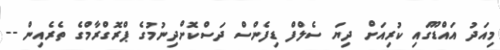
މިއަދު އައްޑޫގައި ކުރިއަށް ދިޔަ ސެލްފް ޑިފެންސް ދަސްކޮށްދިނުމުގެ ޕްރޮގްރާމްގެ ތެރެއިން --